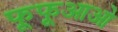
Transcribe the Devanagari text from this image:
फूफूआओ